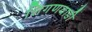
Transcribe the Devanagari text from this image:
शिगणवाडी